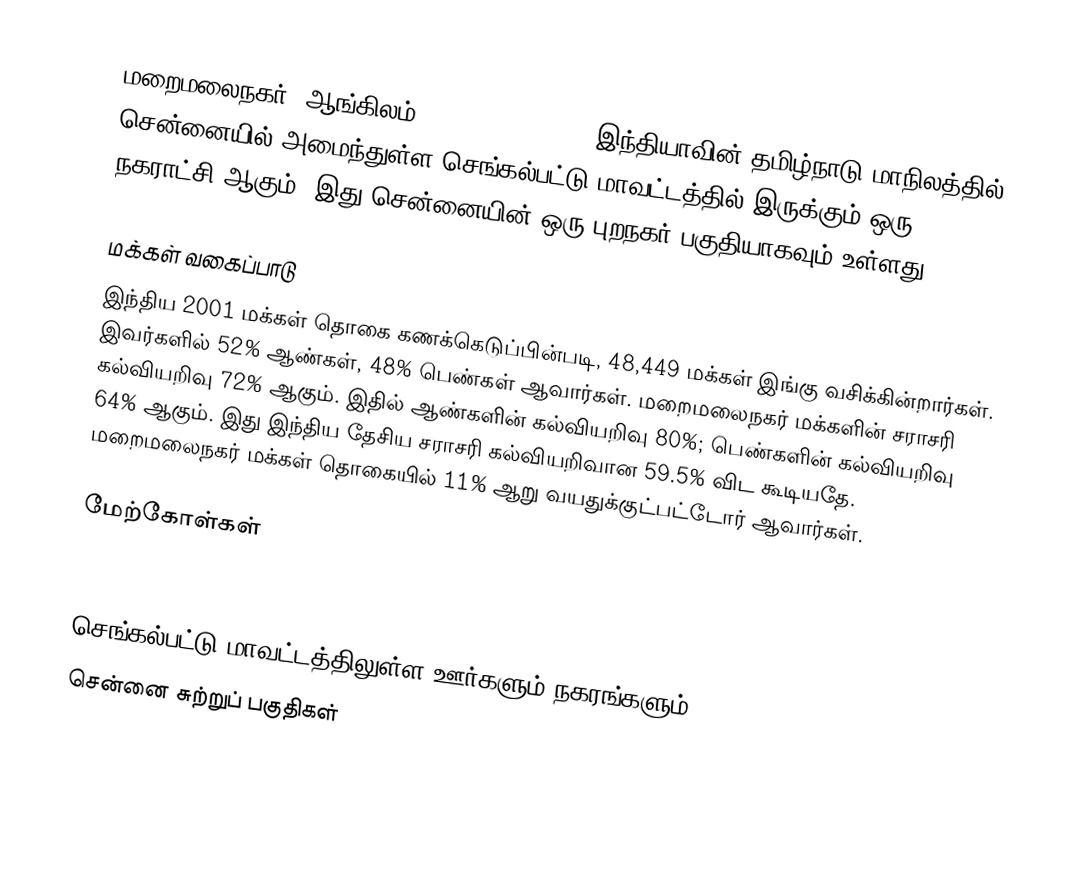
மறைமலைநகர் (ஆங்கிலம்:Maraimalainagar), இந்தியாவின் தமிழ்நாடு மாநிலத்தில் சென்னையில் அமைந்துள்ள செங்கல்பட்டு மாவட்டத்தில் இருக்கும் ஒரு நகராட்சி ஆகும். இது சென்னையின் ஒரு புறநகர் பகுதியாகவும் உள்ளது.

மக்கள் வகைப்பாடு
இந்திய 2001 மக்கள் தொகை கணக்கெடுப்பின்படி, 48,449 மக்கள் இங்கு வசிக்கின்றார்கள். இவர்களில் 52% ஆண்கள், 48% பெண்கள் ஆவார்கள். மறைமலைநகர் மக்களின் சராசரி கல்வியறிவு 72% ஆகும். இதில் ஆண்களின் கல்வியறிவு 80%;  பெண்களின் கல்வியறிவு 64% ஆகும். இது இந்திய தேசிய சராசரி கல்வியறிவான 59.5% விட கூடியதே. மறைமலைநகர் மக்கள் தொகையில் 11%  ஆறு வயதுக்குட்பட்டோர் ஆவார்கள்.

மேற்கோள்கள்

செங்கல்பட்டு மாவட்டத்திலுள்ள ஊர்களும் நகரங்களும்
சென்னை சுற்றுப் பகுதிகள்